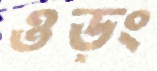
ওড়ং